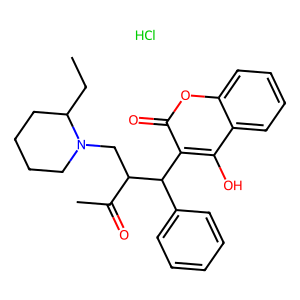
SMILES: CCC1CCCCN1CC(C(C)=O)C(c1ccccc1)c1c(O)c2ccccc2oc1=O.Cl
Inhibits HIV replication: No